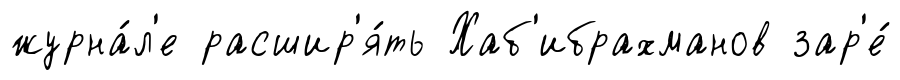
журна́л'е расшир'я́ть Хаб'ибрахманов зар'е́